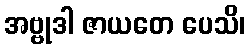
အဗ္ဗုဒါ ဇာယတေ ပေသိ၊